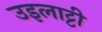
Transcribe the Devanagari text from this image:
उइलाट्टी